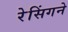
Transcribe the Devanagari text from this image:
रेसिंगने